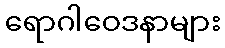
ရောဂါဝေဒနာများ